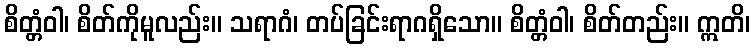
စိတ္တံဝါ၊ စိတ်ကိုမူလည်း။ သရာဂံ၊ တပ်ခြင်းရာဂရှိသော။ စိတ္တံဝါ၊ စိတ်တည်း။ ဣတိ၊